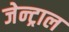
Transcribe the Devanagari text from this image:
जेन्ट्राल